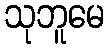
သုဘူမေ